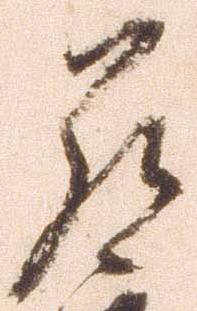
罷